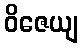
ဝိဇေယျ